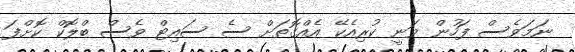
ނަމަވެސް ފަހުން ވަނީ ކުރިއެކޭ އެއްގޮތަށް ސެ ސައިޓް ވެސް ބްލޮކް ކޮށްފަ